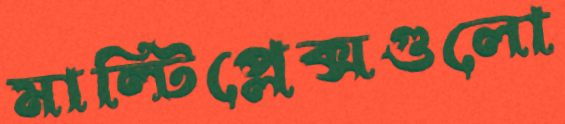
মাল্টিপ্লেক্সগুলো